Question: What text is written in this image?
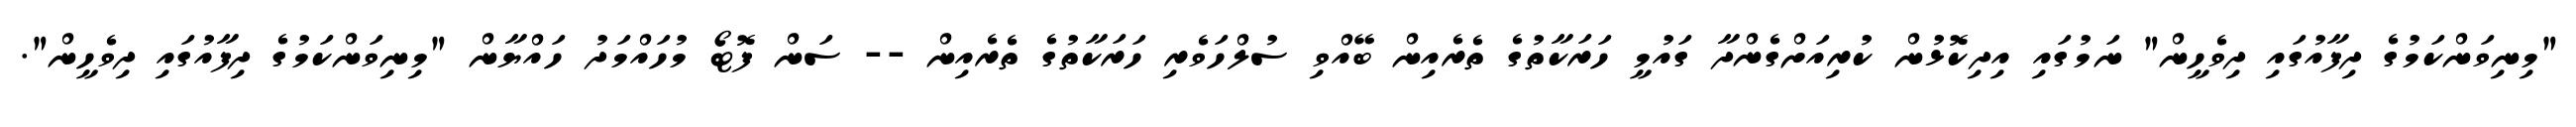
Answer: "މިނިވަންކަމުގެ ދިފާއުގައި ދިވެހީން" ނަމުގައި އިދިކޮޅުން ކުރިއަށްގެންދާ ގައުމީ ހަރަކާތުގެ ތެރެއިން ބޭއްވި ސުލްހަވެރި ހަރަކާތުގެ ތެރެއިން -- ސަން ފޮޓޯ މުހައްމަދު ހައްޔާން "މިނިވަންކަމުގެ ދިފާއުގައި ދިވެހީން".